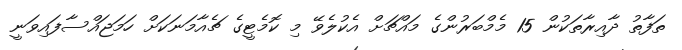
ތަފާތު ދާއިރާތަކުން 15 މެމްބަރުންގެ މައްޗަށް އެކުލެވޭ މި ކޮމެޓީގެ ޗެއާމަނަކަށް ހަމަޖައްސާފައިވަނީ